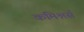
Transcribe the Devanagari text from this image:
कमिश्नर्स